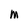
Character: M